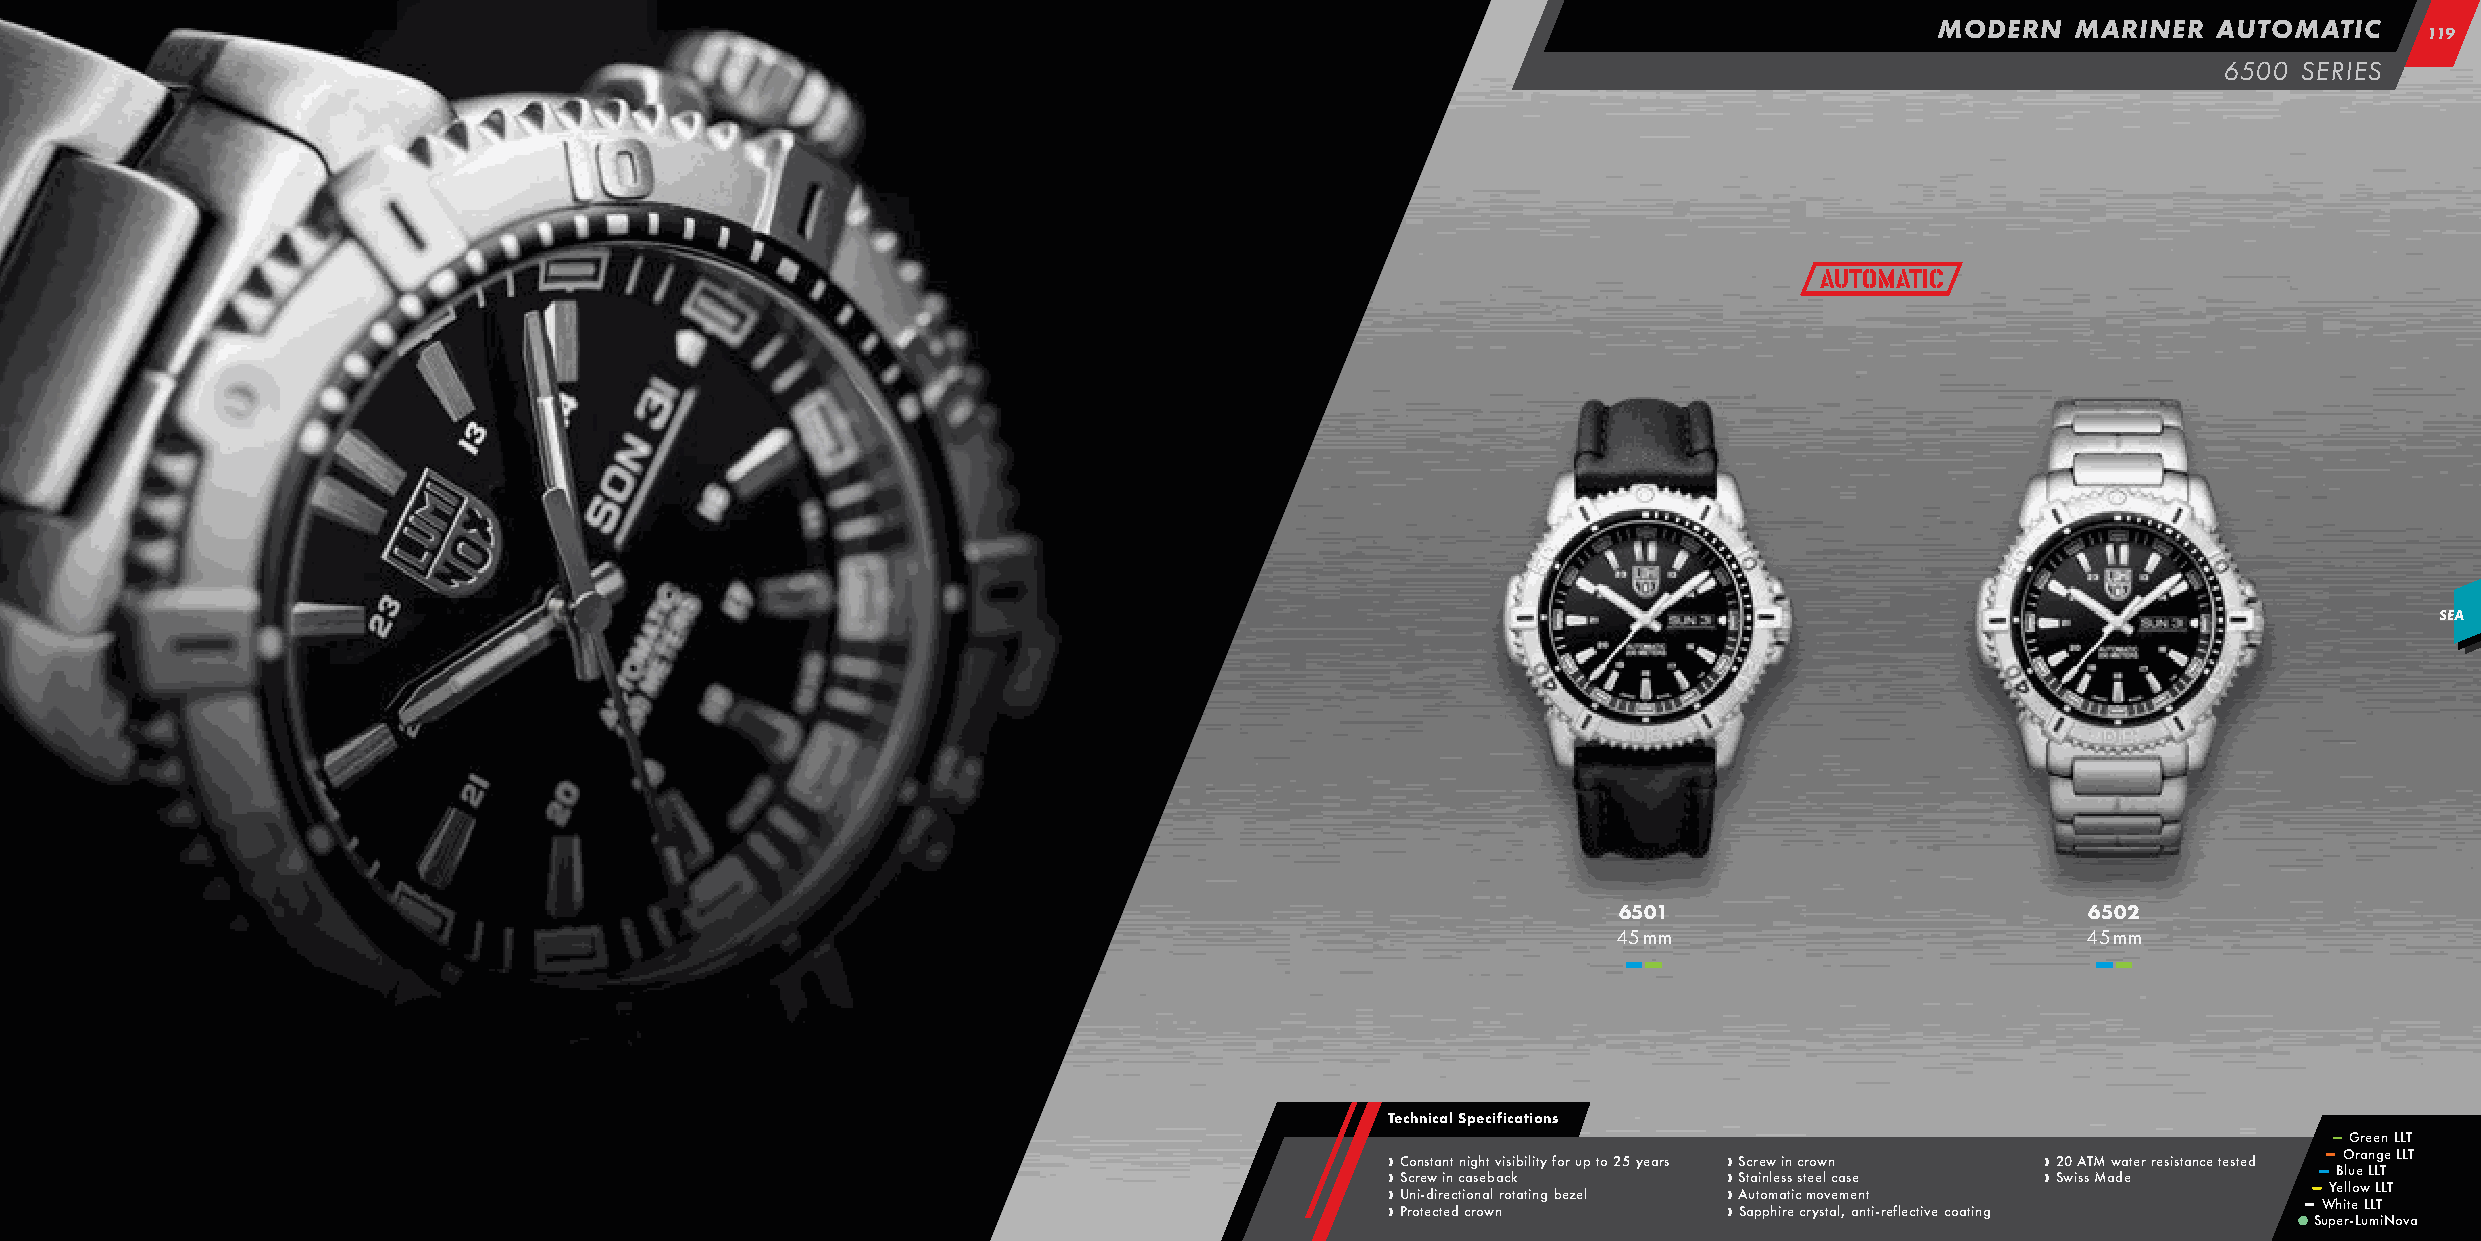
MODERN   MARINER   AUTOMATIC
 111199
 6500 SERIES
 Automatic
 SEA
 6501                           6502
 45 mm                          45 mm
 –– ––                          –– ––
 Technical Specifications
 –– Green LLT
 › › › › C S U Prco n or in e t- es dwt ca i r tin een dt c t cn i ca oi rg s n oh e a wt b l nav ri c os ki tb ai tl ii nty g f bo er z u ep l to 25 years › › › › S S A Stc auar pte i on pw ml he iai s rn s t ei cc s c tr m reo ye ow sl v t n ac ea lm ,s e ae n nt ti-reflective coating › › 2 Sw0 isA sT M M aw da eter resistance tested –– ––
 S
 –– uW –– Y
 p
 hB e eO ill rtlu -eor Le wa
 u
 LLn
 m
 LL Lg TT iL Ne T oLL vT
 a